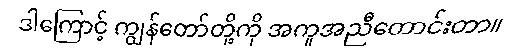
ဒါကြောင့် ကျွန်တော်တို့ကို အကူအညီတောင်းတာ။